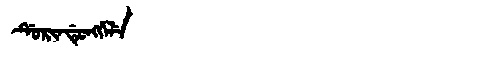
Manchu: ᡩᡠᡵᡳᠨᡩᡠᠩᡤᡝᠯᡝ
Romanization: DURINDUNGGELE